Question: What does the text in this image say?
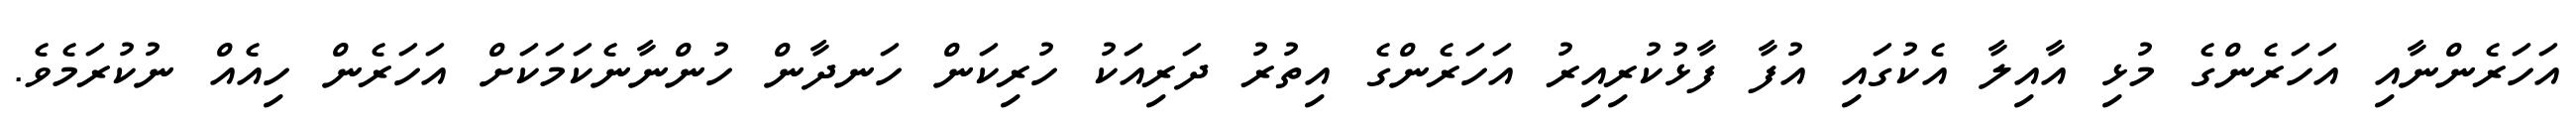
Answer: އަހަރެންނާއި އަހަރެންގެ މުޅި އާއިލާ އެކުގައި އުފާ ފާޅުކުރިއިރު އަހަރެންގެ އިތުރު ދަރިއަކު ހުރިކަން ހަނދާން ހުންނާނެކަމަކަށް އަހަރެން ހިއެއް ނުކުރަމެވެ.